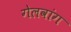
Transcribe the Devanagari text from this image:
गेलवांग